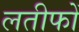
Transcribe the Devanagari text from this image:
लतीफों